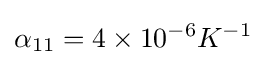
\alpha _{11}=4\times 10^{-6}K^{-1}